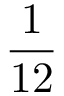
\frac { 1 } { 1 2 }